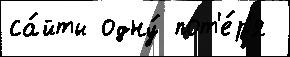
са́йты одну́ пот'е́р'я